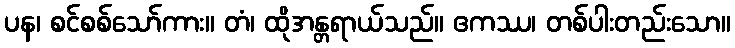
ပန၊ စင်စစ်သော်ကား။ တံ၊ ထိုအန္တရာယ်သည်။ ဧကဿ၊ တစ်ပါးတည်းသော။